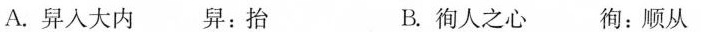
A.舁人大内 舁：抬 B.徇人之心 徇：顺从